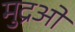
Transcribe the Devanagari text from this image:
मुद्रओं